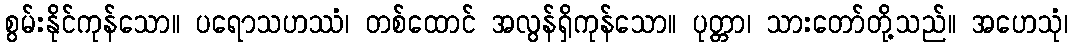
စွမ်းနိုင်ကုန်သော။ ပရောသဟဿံ၊ တစ်ထောင် အလွန်ရှိကုန်သော။ ပုတ္တာ၊ သားတော်တို့သည်။ အဟေသုံ၊